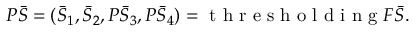
P \bar { S } = ( \bar { S } _ { 1 } , \bar { S } _ { 2 } , P \bar { S } _ { 3 } , P \bar { S } _ { 4 } ) = \mathrm { ~ t ~ h ~ r ~ e ~ s ~ h ~ o ~ l ~ d ~ i ~ n ~ g ~ } F \bar { S } .